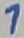
Text: 1